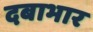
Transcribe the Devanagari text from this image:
दबाभार